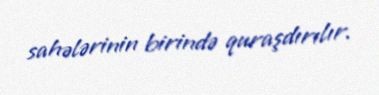
sahələrinin birində quraşdırılır.